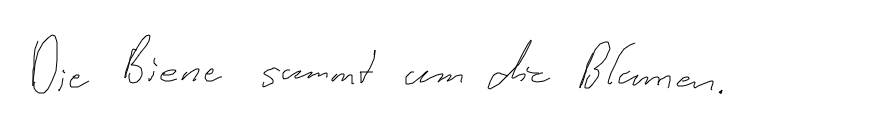
Die Biene summt um die Blumen.